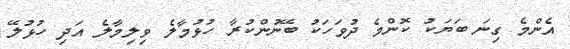
އެންމެ ގިނަ ބަޔަކު ކޮންމެ ދުވަހަކު ބޭނުންކުރާ ހުޅުމާލެ ވިލިމާލެ އަދި ހުުޅުލޭ